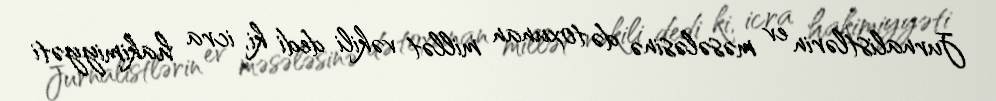
Jurnalistlərin ev məsələsinə də toxunan millət vəkili dedi ki, icra hakimiyyəti